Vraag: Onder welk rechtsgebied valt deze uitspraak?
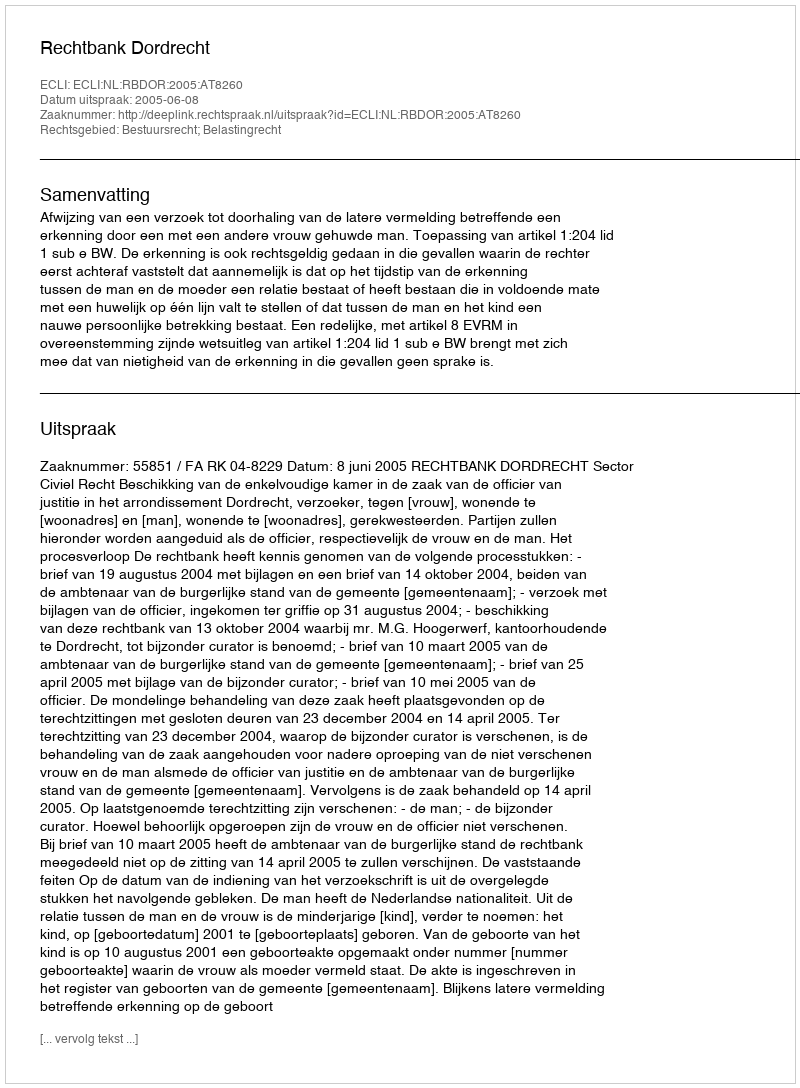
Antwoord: Bestuursrecht; Belastingrecht